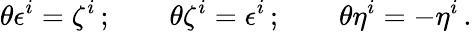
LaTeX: \theta\epsilon^{i}=\zeta^{i}\, ;\qquad\theta\zeta^{i}=\epsilon^{i}\, ;\qquad\theta\eta^{i}=-\eta^{i}\, .